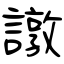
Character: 譈